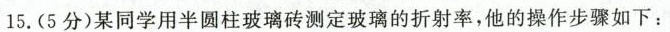
15.(5分)某同学用半圆柱玻璃砖测定玻璃的折射率，他的操作步骤如下：